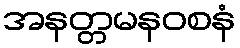
အနတ္တမနဝစနံ